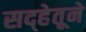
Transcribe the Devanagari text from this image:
सद्हेतूने